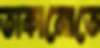
তাকানোতে